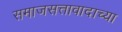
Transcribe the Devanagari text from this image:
समाजसत्तावादाच्या